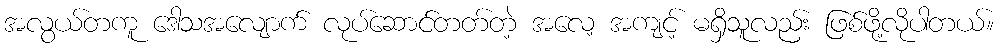
အလွယ်တကူ ဒေါသအလျောက် လုပ်ဆောင်တတ်တဲ့ အလေ့ အကျင့် မရှိသူလည်း ဖြစ်ဖို့လိုပါတယ်။